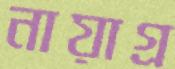
নায়াগ্র